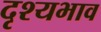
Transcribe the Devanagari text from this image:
दृश्यभाव